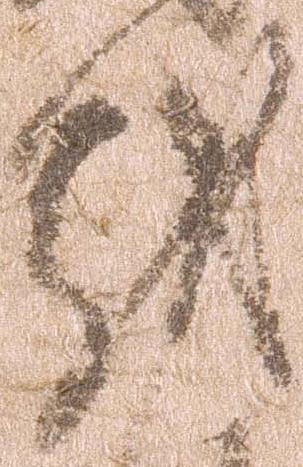
越